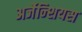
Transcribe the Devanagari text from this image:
अर्जेन्शियस